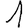
Digit: 1